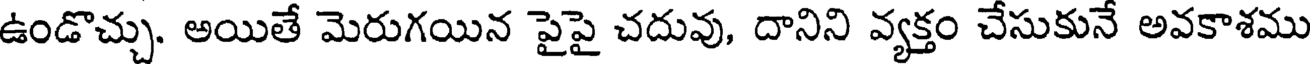
ఉండొచ్చు. అయితే మెరుగయిన పైపై చదువు, దానిని వ్యక్తం చేసుకునే అవకాశము